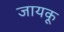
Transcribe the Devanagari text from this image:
जायकू